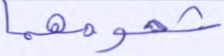
شحومهما